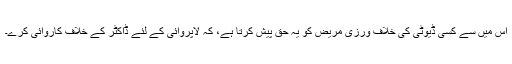
اِس میں سے کِسی ڈیوٹی کی خلاف ورزی مریض کو یہ حق پیش کرتا ہے، کہ لاپروائی کے لئے ڈاکٹر کے خلاف کاروائی کرے۔